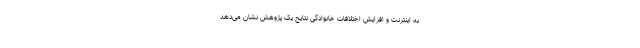
به اینترنت و افزایش اختلافات خانوادگی نتایج یک پژوهش نشان می‌دهد